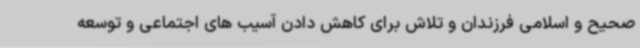
صحیح و اسلامی فرزندان و تلاش برای کاهش دادن آسیب های اجتماعی و توسعه